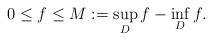
LaTeX: \begin{align*}0\le f \le M:=\sup_D f - \inf_D f.\end{align*}